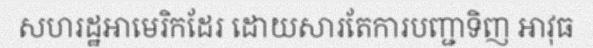
សហរដ្ឋអាមេរិកដែរ ដោយសារតែការបញ្ជាទិញ អាវុធ